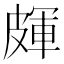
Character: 皹